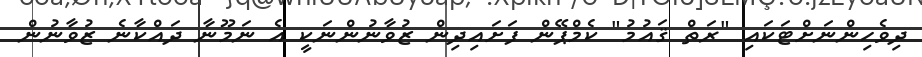
ދިވެހިންނަށްޓަކައި "ރަތް ޤައުމު" ކެމްޕޭން ފަށައިދިން ޒުވާނުންނަކީ އެ ނަމޫނާ ދައްކާނެ ޒުވާނުން